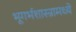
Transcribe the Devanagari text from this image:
भूगर्भशास्त्रामध्ये